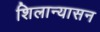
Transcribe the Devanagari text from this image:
शिलान्यासन